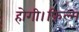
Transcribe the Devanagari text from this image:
होगी।फ़िल्म